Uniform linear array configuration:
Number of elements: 64
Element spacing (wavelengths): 0.5
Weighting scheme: hamming
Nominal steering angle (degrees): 30
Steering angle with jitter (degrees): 29.19
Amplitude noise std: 0.05
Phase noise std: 0.05

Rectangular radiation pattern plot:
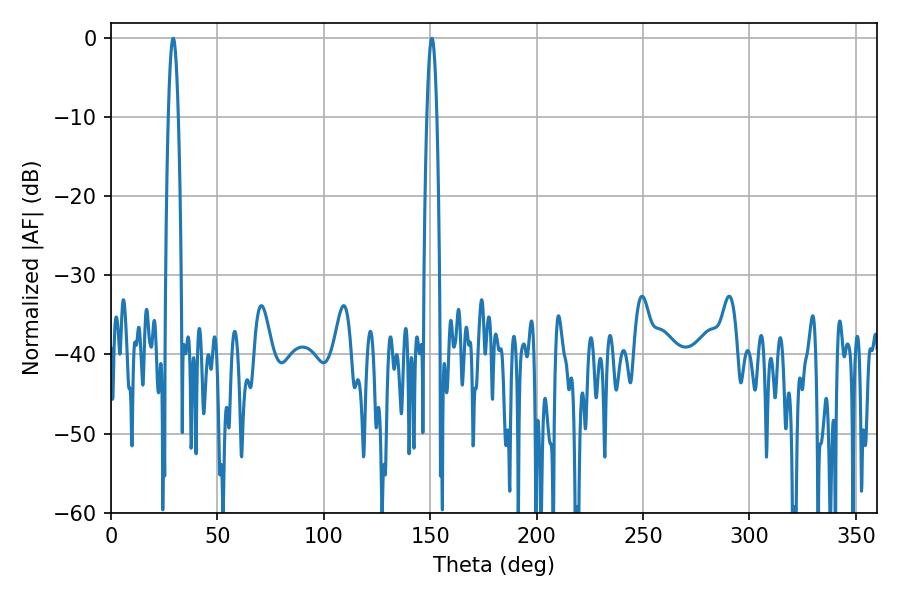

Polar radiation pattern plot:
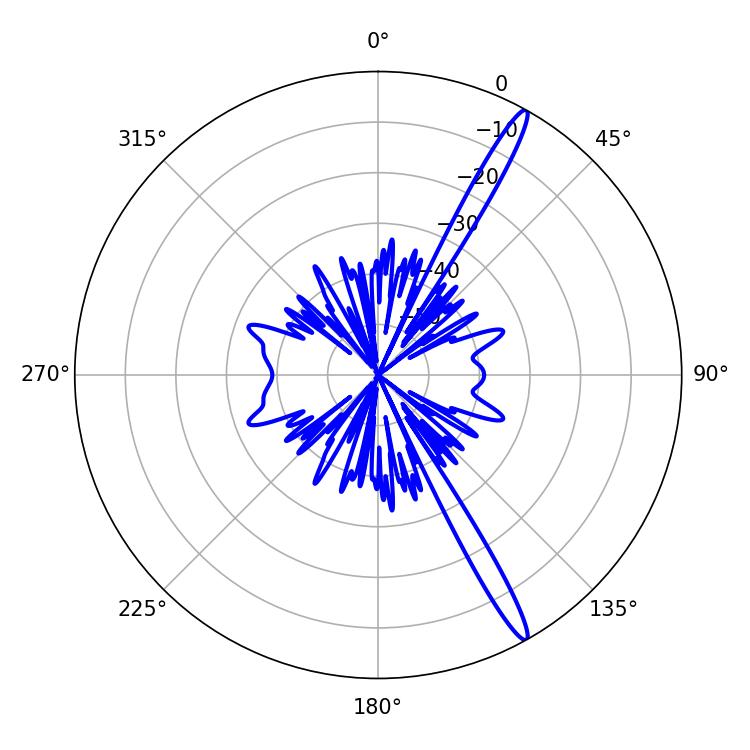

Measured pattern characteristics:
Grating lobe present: FALSE
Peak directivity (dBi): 16.197
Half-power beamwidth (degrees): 2.52
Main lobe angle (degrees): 29.16